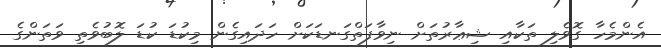
އެންމެހާ ގޮވެލި ތަކާއި ޝިޢާރުތަށް ނިވާފަތްގަނޑަކަށް ހަދައިގެން މިކުޑަ ކުޑަ ލޮބުވެތި ވަތަންގެ